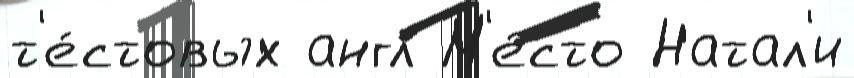
т'е́стовых англ М'е́сто Натал'и